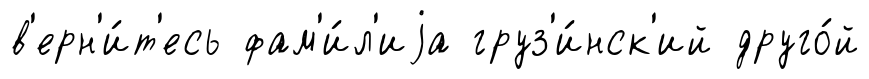
в'ерн'и́т'есь фам'и́л'иjа груз'и́нск'ий друго́й